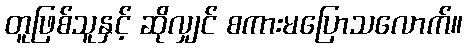
တူဖြစ်သူနှင့် ဆိုလျှင် စကားမပြောသလောက်။